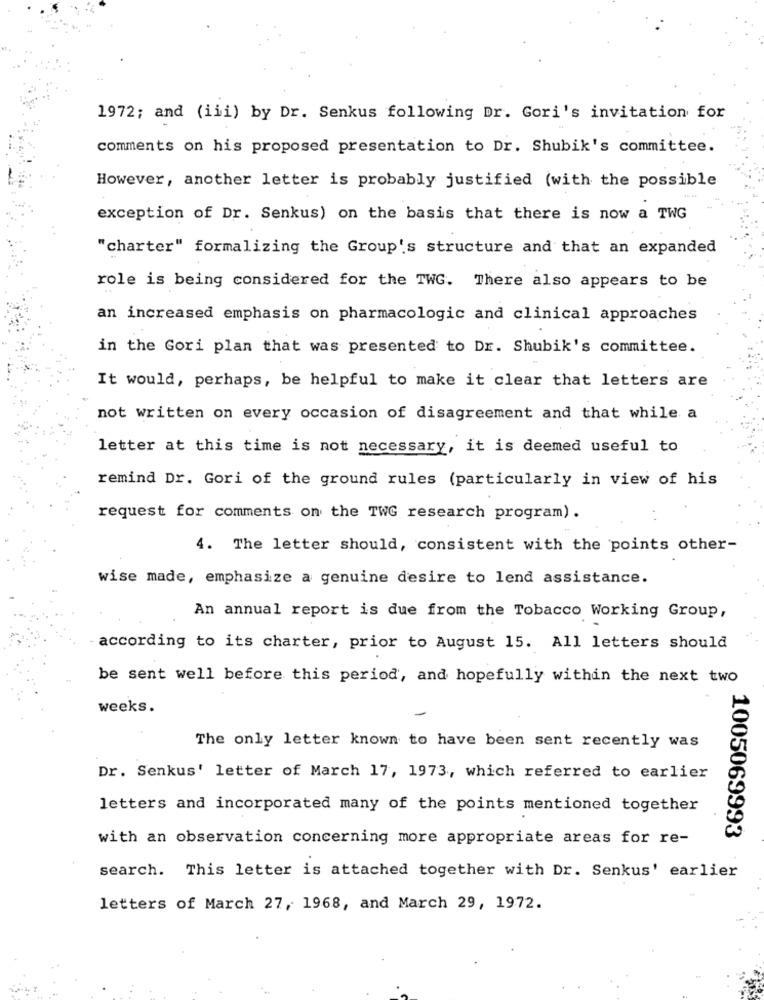
1972; and (iii) by Dr. Senkus following Dr. Gori's invitation for
comments on his proposed presentation to Dr. Shubik's committee.
However, another letter is probably justified (with the possible
exception of Dr. Senkus) on the basis that there is now a TWG
"charter" formalizing the Group's structure and that an expanded
role is being considered for the TWG. There also appears to be
an increased emphasis on pharmacologic and clinical approaches
in the Gori plan that was presented to Dr. Shubik's committee.
It would, perhaps, be helpful to make it clear that letters are
not written on every occasion of disagreement and that while a
letter at this time is not necessary, it is deemed useful to
remind Dr. Gori of the ground rules (particularly in view of his
request for comments on the TWG research program) .
4. The letter should, consistent with the points other-
wise made, emphasize a genuine desire to lend assistance.
An annual report is due from the Tobacco Working Group,
according to its charter, prior to August 15. All letters should
be sent well before this period, and hopefully within the next two
weeks.
The only letter known to have been sent recently was
Dr. Senkus' letter of March 17, 1973, which referred to earlier
letters and incorporated many of the points mentioned together
with an observation concerning more appropriate areas for re-
1005069993
search. This letter is attached together with Dr. Senkus' earlier
letters of March 27, 1968, and March 29, 1972.